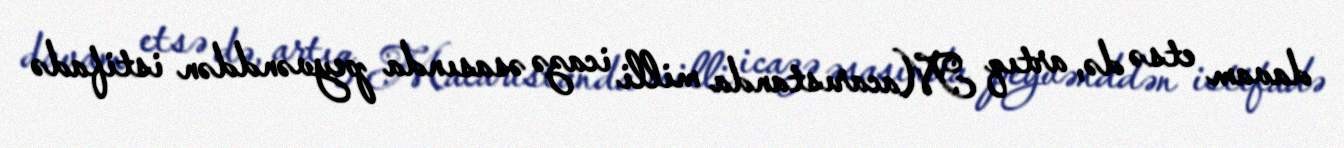
davam etsə də, artıq Macarıstanda milli icazə əsasında peyvənddən istifadə